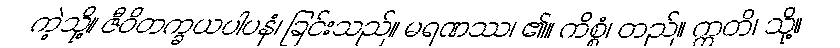
ကဲ့သို့။ ဇီဝိတက္ခယပါပနံ၊ ခြင်းသည်။ မရဏဿ၊ ၏။ ကိစ္စံ၊ တည်။ ဣတိ၊ သို့။